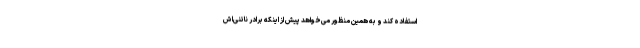
استفاده کند و به همین منظور می‌خواهد پیش از اینکه برادر ناتنی‌اش